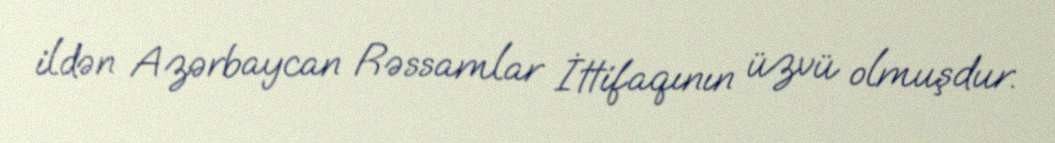
ildən Azərbaycan Rəssamlar İttifaqının üzvü olmuşdur.